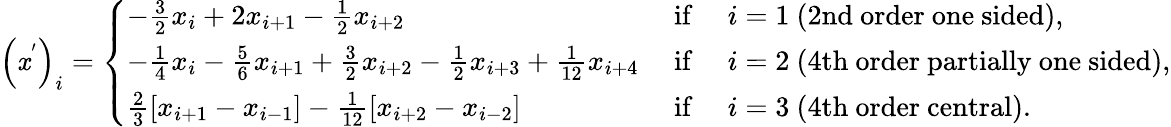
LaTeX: \left(\mathit{x}^{'}\right)_{i}=\left\{ \begin{array}{ll}{-\frac{3}{2}x_{i}+2x_{i+1}-\frac{1}{2}x_{i+2}}&{\mathrm{~if~}\quad i=1\mathrm{~(2nd~order~one~sided)},}\\ {-\frac{1}{4}x_{i}-\frac{5}{6}x_{i+1}+\frac{3}{2}x_{i+2}-\frac{1}{2}x_{i+3}+\frac{1}{12}x_{i+4}}&{\mathrm{~if~}\quad i=2\mathrm{~(4th~order~partially~one~sided)},}\\ {\frac{2}{3}\left[x_{i+1}-x_{i-1}\right]-\frac{1}{12}\left[x_{i+2}-x_{i-2}\right]}&{\mathrm{~if~}\quad i=3\mathrm{~(4th~order~central)}.}\end{array}\right.